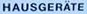
HAUSGERATE